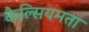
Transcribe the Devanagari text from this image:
कैल्सियमता